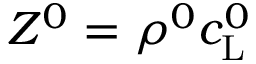
Z ^ { 0 } = \rho ^ { 0 } c _ { \mathrm { L } } ^ { 0 }